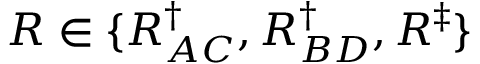
R \in \{ R _ { A C } ^ { \dagger } , R _ { B D } ^ { \dagger } , R ^ { \ddagger } \}